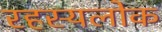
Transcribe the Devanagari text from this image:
रहस्यलोक